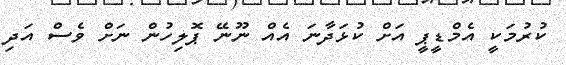
ކުރުމަކީ އެމްޑީޕީ އަށް ކުޅަދާނަ އެއް ނޫނޭ ޕޮލިހުން ނަށް ވެސް އަދި